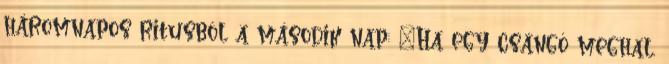
háromnapos ritusból a második nap: "Ha egy csángó meghal,